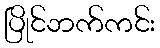
ပြိုင်ဘက်ကင်း